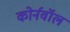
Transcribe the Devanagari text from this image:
कोर्नवॉल